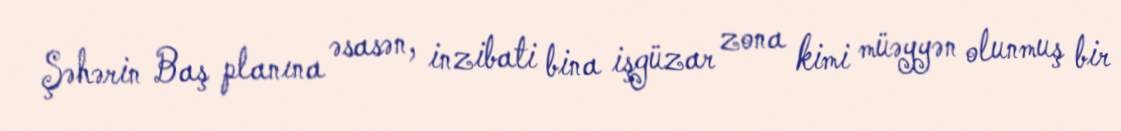
Şəhərin Baş planına əsasən, inzibati bina işgüzar zona kimi müəyyən olunmuş bir